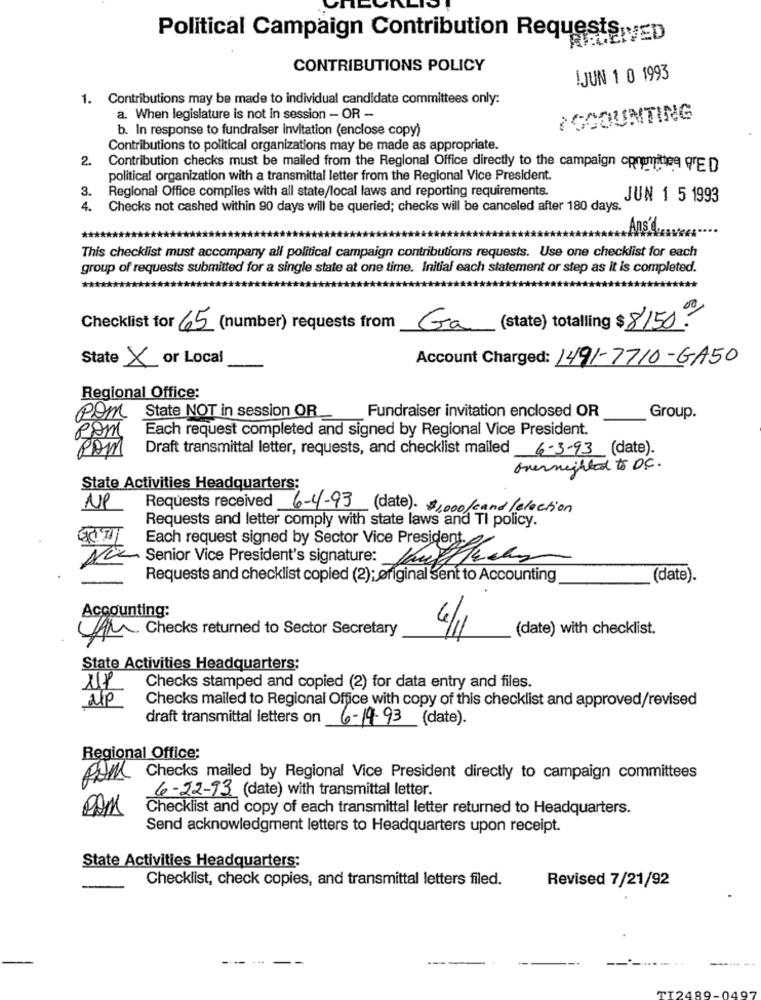
Political Campaign Contribution Requests Ep
CONTRIBUTIONS POLICY
IJUN 1 0 1993
1. Contributions may be made to individual candidate committees only:
a. When legislature is not in session - OR -
ACCOUNTING
b. In response to fundraiser invitation (enclose copy)
Contributions to political organizations may be made as appropriate.
2
Contribution checks must be mailed from the Regional Office directly to the campaign opromittee fre D
political organization with a transmittal letter from the Regional Vice President.
3.
Regional Office complies with all state/local laws and reporting requirements.
JUN 1 5 1993
4.
Checks not cashed within 90 days will be queried; checks will be canceled after 180 days.
This checklist must accompany all political campaign contributions requests. Use one checklist for each
group of requests submitted for a single state at one time. Initial each statement or step as it is completed.
Checklist for 65 (number) requests from
Ga (state) totalling $ 8150!
State X or Local
Account Charged: 1491-7710-GA50
Regional Office:
pom State NOT in session OR_
Fundraiser invitation enclosed OR
Group.
Each request completed and signed by Regional Vice President.
ROM
PAM
Draft transmittal letter, requests, and checklist mailed 6-3-93 (date).
overnighted to D.C.
State Activities Headquarters:
NP
Requests received 6-4-93 (date). $1000/cand/ election
Requests and letter comply with state laws and TI policy.
Each request signed by Sector Vice President.
Senior Vice President's signature: Whythe
Requests and checklist copied (2); original Sent to Accounting
(date).
Accounting:
(date) with checklist.
AM Checks returned to Sector Secretary
4/11
State Activities Headquarters:
111
Checks stamped and copied (2) for data entry and files.
UP
Checks mailed to Regional Office with copy of this checklist and approved/revised
draft transmittal letters on 6-19-93 (date).
Regional Office:
Pom Checks mailed by Regional Vice President directly to campaign committees
6-22-93 (date) with transmittal letter.
Checklist and copy of each transmittal letter returned to Headquarters.
Send acknowledgment letters to Headquarters upon receipt.
State Activities Headquarters:
Checklist, check copies, and transmittal letters filed.
Revised 7/21/92
---